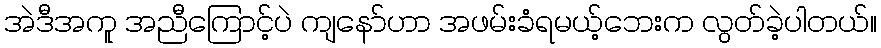
အဲဒီအကူ အညီကြောင့်ပဲ ကျနော်ဟာ အဖမ်းခံရမယ့်ဘေးက လွတ်ခဲ့ပါတယ်။